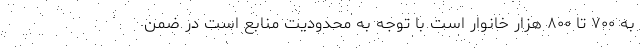
به ۷۰۰ تا ۸۰۰ هزار خانوار است با توجه به محدودیت منابع است در ضمن